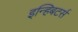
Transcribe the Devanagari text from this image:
इन्हिबटर्स